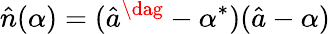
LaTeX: \hat{n}(\alpha)=(\hat{a}^{\dag}-\alpha^{\ast})(\hat{a}-\alpha)